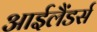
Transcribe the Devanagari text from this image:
आईलैंडर्स